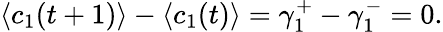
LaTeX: \langle c_{1}(t+1)\rangle-\langle c_{1}(t)\rangle=\gamma_{1}^{+}-\gamma_{1}^{-}=0.